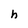
Character: h